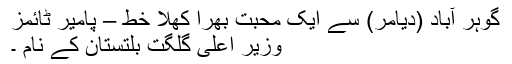
گوہر آباد (دیامر) سے ایک محبت بھرا کُھلا خط – پامیر ٹائمز
وزیر اعلی گلگت بلتستان کے نام ۔